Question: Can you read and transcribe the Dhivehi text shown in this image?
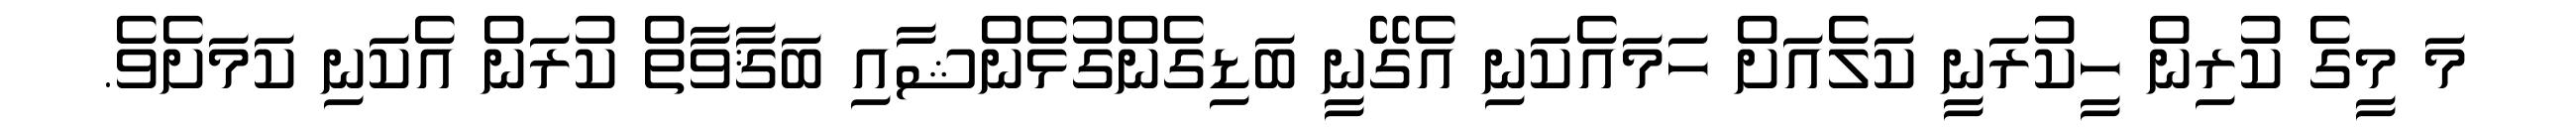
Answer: މަ މީގެ ކުރިން ހީކުރަނީ ކަލެއަށް ހަމައެކަނި އެގޭނީ ބަޑިގެންގުޅެންޝާއި ބަޤާވާތް ކުރަން އެކަނި ކަމަށެވެ.